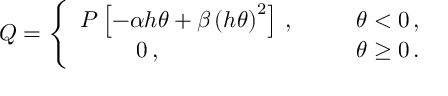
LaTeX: Q = \left\{ \begin{array} { c c c } { { P \left[ - \alpha h \theta + \beta \left( h \theta \right) ^ { 2 } \right] \, , } } & { { \; \; \; } } & { { \theta < 0 \, , } } \\ { { 0 \, , \; \; \; \; \; \; \; \; \; \; \; \; } } & { { \; \; \; } } & { { \theta \geq 0 \, . } } \end{array} \right.